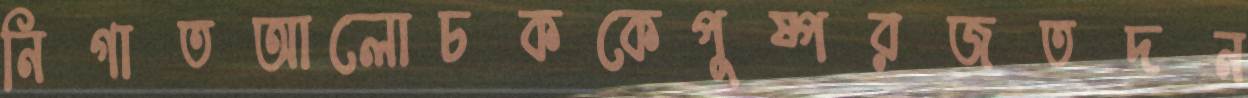
নিগাতআলোচককেপুষ্পরজতদন